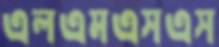
এলএমএসএস